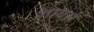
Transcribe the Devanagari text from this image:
शाबर्स